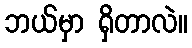
ဘယ်မှာ ရှိတာလဲ။